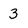
Character: 3